Vaccination United Provinces of Agra and Oudh 1902-1913 - 1902-1913
Year: 1902
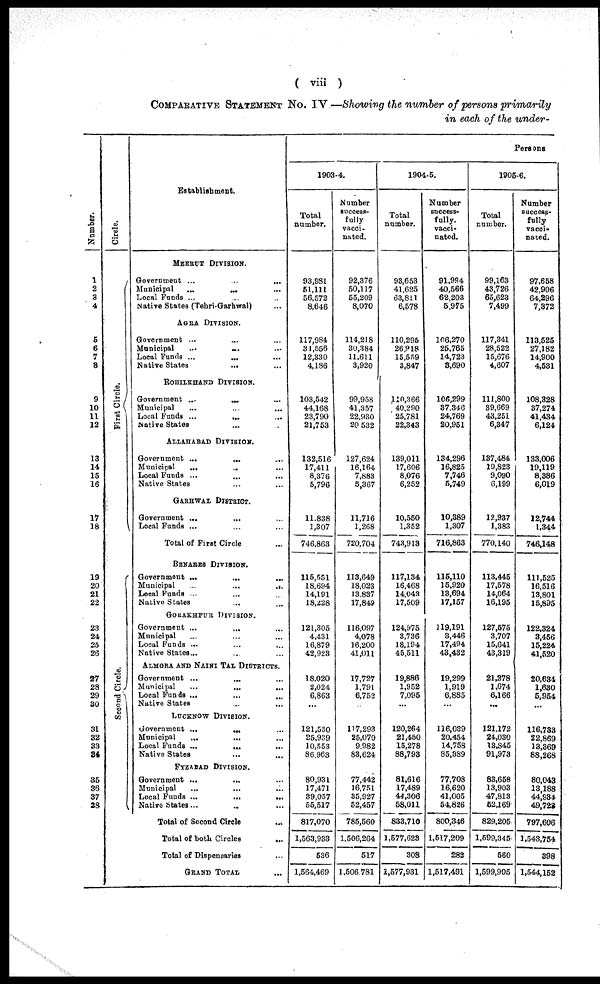
( viii )
COMPARATIVE STATEMENT No. IV—Showing the number of persons primarily
in each of the under-
Number.
1
2
3
4
5
6
7
8
9
10
11
12
13
14
15
16
17
18
19
20
21
22
23
24
25
26
27
28
29
30
31
32
33
34
35
36
37
38
Cirele.
First Circle.
Second Circle.
Establishment.
MEERUT DIVISION.
Government
...
...
...
Municipal
...
...
...
Local Funds ... ... ...
Native States (Tehri-Garhwal) ...
AGRA DIVISION.
Government ... ... ...
Municipal
...
...
...
Local Funds ... ... ...
Native States ... ... ...
ROHILKHAND DIVISION.
Government ... ... ...
Municipal ... ... ...
Local Funds ... ... ...
Native States ... ... ...
ALLAHABAD DIVISION.
Government
...
...
...
Municipal ... ... ...
Local Funds ... ... ...
Native States ... ... ...
GARHWAL DISTRICT.
Government ... ... ...
Local Funds ... ... ...
Total of First Circle ...
BENARES DIVISION.
Government ... ... ...
Municipal
...
...
...
Local Funds ... ... ...
Native States ... ... ...
GORAKHPUR DIVISION.
Government ... ... ...
Municipal ... ... ...
Local Funds ... ... ...
Native States... ... ...
ALMORA AND NAINI TAL DISTRICTS.
Government ... ... ...
Municipal
...
...
...
Local Funds
...
...
...
Native States ... ... ...
LUCKNOW DIVISION.
Government ... ... ...
Municipal
...
...
...
Local Funds
...
...
...
Native States ... ... ...
FYZABAD DIVISION.
Government ... ... ...
Municipal
...
...
...
Local Funds
...
...
...
Native States... ... ...
Total of Second Circle
...
Total of both Circles
...
Total of Dispensaries ...
GRAND TOTAL
Persons
1903-4.
Total
number.
93,981
51,111
56,572
8,646
117,984
31,556
12,330
4,186
103,542
44,168
23,790
21,753
132,516
17,411
8,376
5,796
11,838
1,307
746,863
115,551
18,694
14,191
18,228
121,305
4,431
16,879
42,923
18,020
2,024
6,863
...
121,530
25,939
10,553
86,963
80,931
17,471
39,057
55,517
817,070
1,563,933
536
1,564,469
Number
success-
fully
vacci-
nated.
92,376
50,117
55,209
8,070
114,218
30,384
11,611
3,920
99,958
41,357
22,930
20,532
127,624
16,164
7,883
5,367
11,716
1,268
720,704
113,649
18,023
13,837
17,849
116,097
4,078
16,200
41,011
17,727
1,791
6,752
...
117,293
25,070
9,982
83,624
77,442
16,751
35,927
52,457
785,560
1,506,264
517
1,506,781
1904-5.
Total
number.
93,653
41,625
63,811
6,578
110,296
26,918
15,559
3,847
110,366
40,290
25,781
22,343
139,011
17,606
8,076
6,252
10,550
1,352
743,913
117,134
16,468
14,043
17,509
124,975
3,736
18,194
45,511
19,886
1,952
7,095
...
120,264
21,450
15,278
88,793
81,616
17,489
44,306
58,011
833,710
1,577,623
308
1,577,931
Number
success-
fully.
vacci-
nated.
91,994
40,566
62,203
5,975
106,270
25,765
14,723
3,690
106,299
37,346
24,769
20,951
134,296
16,825
7,746
5,749
10,389
1,307
716,863
115,110
15,920
13,694
17,157
119,191
3,446
17,494
43,432
19,299
1,919
6,885
...
116,039
20,454
14,758
85,389
77,708
16,620
41,005
54,826
800,346
1,517,209
282
1,517,491
1905-6.
Total
number.
99,163
43,726
65,623
7,499
117,341
28,522
15,676
4,607
111,800
39,669
43,251
6,347
137,484
19,823
9,090
6,199
12,937
1,383
770,140
113,445
17,578
14,064
16,195
127,575
3,707
15,641
43,319
21,278
1,674
6,166
...
121,172
24,030
13,845
91,973
83,658
13,903
47,813
52,169
829,205
1,599,345
560
1,599,905
Number
success-
fully
vacci-
nated.
97,658
42,906
64,296
7,372
113,525
27,182
14,900
4,531
108,328
37,274
41,434
6,124
133,006
19,119
8,386
6,019
12,744
1,344
746,148
111,525
16,516
13,801
15,895
122,324
3,456
15,224
41,520
20,634
1,630
5,954
...
116,733
22,869
13,369
88,268
80,043
13,188
44,934
49,723
797,606
1,543,754
398
1,544,152